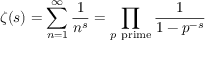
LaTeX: \zeta ( s ) = \sum _ { n = 1 } ^ { \infty } { \frac { 1 } { n ^ { s } } } = \prod _ { p { \mathrm { ~ p r i m e } } } { \frac { 1 } { 1 - p ^ { - s } } }